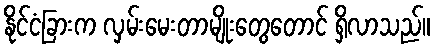
နိုင်ငံခြားက လှမ်းမေးတာမျိုးတွေတောင် ရှိလာသည်။